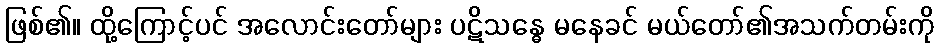
ဖြစ်၏။ ထို့ကြောင့်ပင် အလောင်းတော်များ ပဋိသန္ဓေ မနေခင် မယ်တော်၏အသက်တမ်းကို